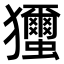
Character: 𤣝